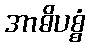
အာဓိပစ္စံ